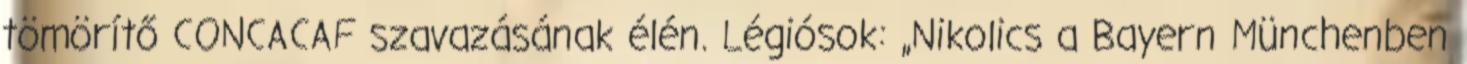
tömörítő CONCACAF szavazásának élén. Légiósok: „Nikolics a Bayern Münchenben